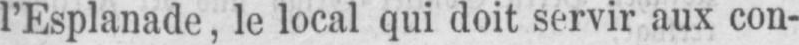
l’Esplanade, le local qui doit servir aux con-